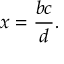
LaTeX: x = { \frac { b c } { d } } .